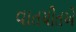
વાતચીતએ